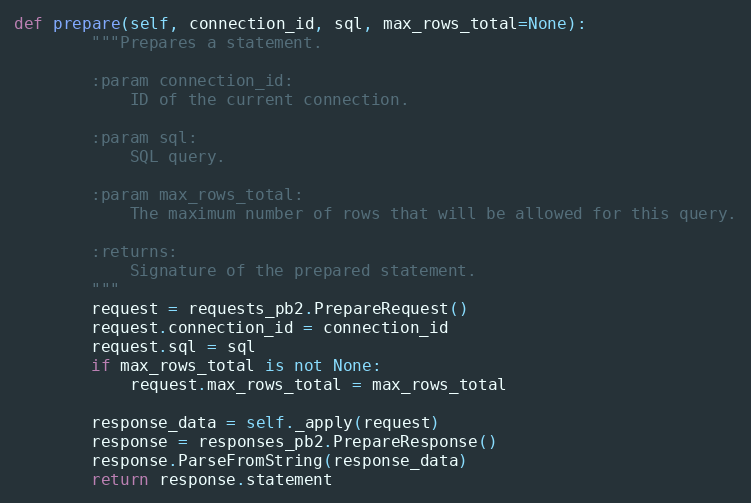
Language: Python
def prepare(self, connection_id, sql, max_rows_total=None):
        """Prepares a statement.

        :param connection_id:
            ID of the current connection.

        :param sql:
            SQL query.

        :param max_rows_total:
            The maximum number of rows that will be allowed for this query.

        :returns:
            Signature of the prepared statement.
        """
        request = requests_pb2.PrepareRequest()
        request.connection_id = connection_id
        request.sql = sql
        if max_rows_total is not None:
            request.max_rows_total = max_rows_total

        response_data = self._apply(request)
        response = responses_pb2.PrepareResponse()
        response.ParseFromString(response_data)
        return response.statement